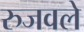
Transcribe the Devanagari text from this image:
रुजवले